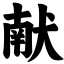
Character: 献